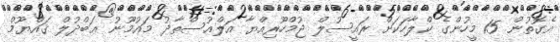
އެގޮތުން 15 މީހުންގެ ކްލާހަކަށް ރައީސުލް ޖުމްހޫރިއްޔާ އަލްއުސްތާޛު މައުމޫނު ޢަބްދުލް ޤައްޔޫމް